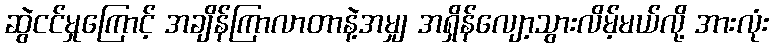
ဆွဲငင်မှုကြောင့် အချိန်ကြာလာတာနဲ့အမျှ အရှိန်လျော့သွားလိမ့်မယ်လို့ အားလုံး